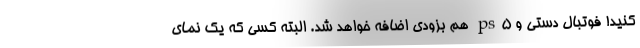
کنید! فوتبال دستی و ps5 هم بزودی اضافه خواهد شد. البته کسی که یک نمای